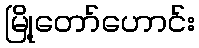
မြို့တော်ဟောင်း